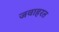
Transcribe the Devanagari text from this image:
जवाहरत